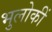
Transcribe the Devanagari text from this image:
भुलोकीं